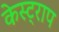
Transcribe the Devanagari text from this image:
केस्ट्राप